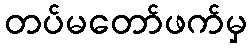
တပ်မတော်ဖက်မှ